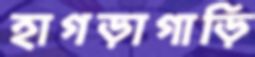
হাগড়াগাড়ি